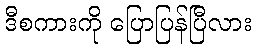
ဒီစကားကို ပြောပြန်ပြီလား